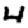
Digit: 4